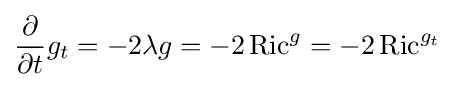
{\frac {\partial }{\partial t}}g_{t}=-2\lambda g=-2\operatorname {Ric} ^{g}=-2\operatorname {Ric} ^{g_{t}}